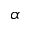
\alpha